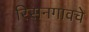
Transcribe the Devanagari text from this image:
रिसनगावचे